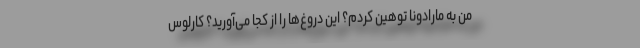
من به مارادونا توهین کردم؟ این دروغ‌ها را از کجا می‌آورید؟ کارلوس